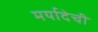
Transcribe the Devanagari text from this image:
मर्यादेची